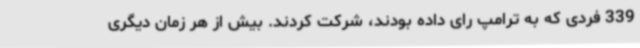
339 فردی که به ترامپ رای داده بودند، شرکت کردند. بیش از هر زمان دیگری